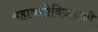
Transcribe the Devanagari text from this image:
महायशोविजयजी